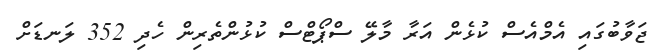
ޖަވާބުގައި އެމްއެސް ކުޅެން އަރާ މާލޭ ސްޕޯޓްސް ކުޅުންތެރިން ހެދި 352 ލަނޑަށް